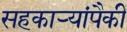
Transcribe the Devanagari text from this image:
सहकाऱ्यांपैकी